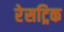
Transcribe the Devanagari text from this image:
रेसट्रिक